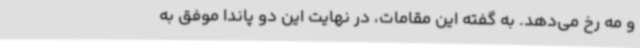
و مه رخ می‌دهد. به گفته این مقامات، در نهایت این دو پاندا موفق به